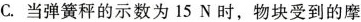
C.当弹簧秤的示数为15N时，物块受到的摩